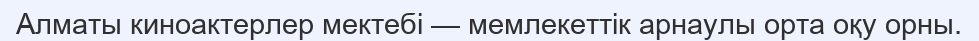
Алматы киноактерлер мектебі — мемлекеттік арнаулы орта оқу орны.